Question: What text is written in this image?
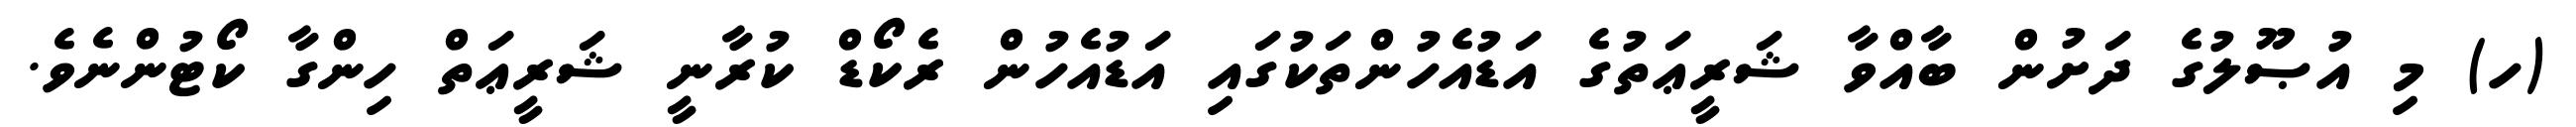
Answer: (ހ) މި އުޞޫލުގެ ދަށުން ބާއްވާ ޝަރީޢަތުގެ އަޑުއެހުންތަކުގައި އަޑުއެހުން ރެކޯޑް ކުރާނީ ޝަރީޢަތް ހިންގާ ކޯޓުންނެވެ.